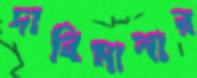
দাবিমালার